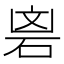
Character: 𮀘